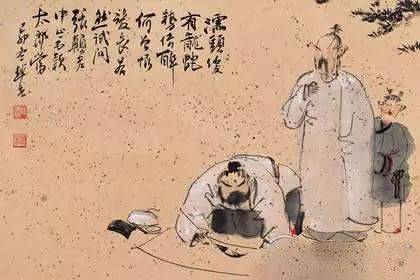
劳心者治人，劳力者治于人。